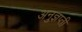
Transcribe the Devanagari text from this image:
अनुज्ञप्ती